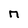
Character: n